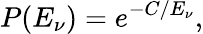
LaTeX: P(E_{\nu})=e^{-C/E_{\nu}},